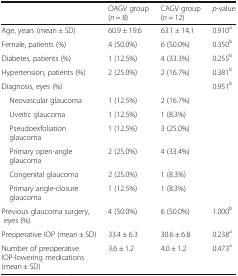
<table><thead><tr><td></td><td><b>OAGV group (<i>n</i> = 8)</b></td><td><b>CAGV group (<i>n</i> = 12)</b></td><td><b><i>p</i>-value</b></td></tr></thead><tbody><tr><td>Age, years (mean ± SD)</td><td>60.9 ± 19.6</td><td>63.1 ± 14.1</td><td>0.910<sup>a</sup></td></tr><tr><td>Female, patients (%)</td><td>4 (50.0%)</td><td>6 (50.0%)</td><td>0.350<sup>b</sup></td></tr><tr><td>Diabetes, patients (%)</td><td>1 (12.5%)</td><td>4 (33.3%)</td><td>0.255<sup>b</sup></td></tr><tr><td>Hypertension, patients (%)</td><td>2 (25.0%)</td><td>2 (16.7%)</td><td>0.381<sup>b</sup></td></tr><tr><td>Diagnosis, eyes (%)</td><td></td><td></td><td>0.951<sup>b</sup></td></tr><tr><td> Neovascular glaucoma</td><td>1 (12.5%)</td><td>2 (16.7%)</td><td></td></tr><tr><td> Uveitic glaucoma</td><td>1 (12.5%)</td><td>1 (8.3%)</td><td></td></tr><tr><td> Pseudoexfoliation glaucoma</td><td>1 (12.5%)</td><td>3 (25.0%)</td><td></td></tr><tr><td> Primary open-angle glaucoma</td><td>2 (25.0%)</td><td>4 (33.4%)</td><td></td></tr><tr><td> Congenital glaucoma</td><td>2 (25.0%)</td><td>1 (8.3%)</td><td></td></tr><tr><td> Primary angle-closure glaucoma</td><td>1 (12.5%)</td><td>1 (8.3%)</td><td></td></tr><tr><td>Previous glaucoma surgery, eyes (%)</td><td>4 (50.0%)</td><td>6 (50.0%)</td><td>1.000<sup>b</sup></td></tr><tr><td>Preoperative IOP (mean ± SD)</td><td>33.4 ± 6.3</td><td>30.6 ± 6.8</td><td>0.238<sup>a</sup></td></tr><tr><td>Number of preoperative IOP-lowering medications (mean ± SD)</td><td>3.6 ± 1.2</td><td>4.0 ± 1.2</td><td>0.473<sup>a</sup></td></tr></tbody></table>